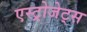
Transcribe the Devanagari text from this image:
एस्‍ट्रोजेट्स